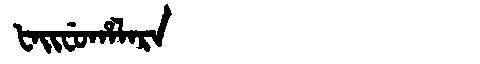
Manchu: ᡶᠠᡳᠸᡠᡥᠠᠯᠠᡵᠠ
Romanization: FAIFUHALARA